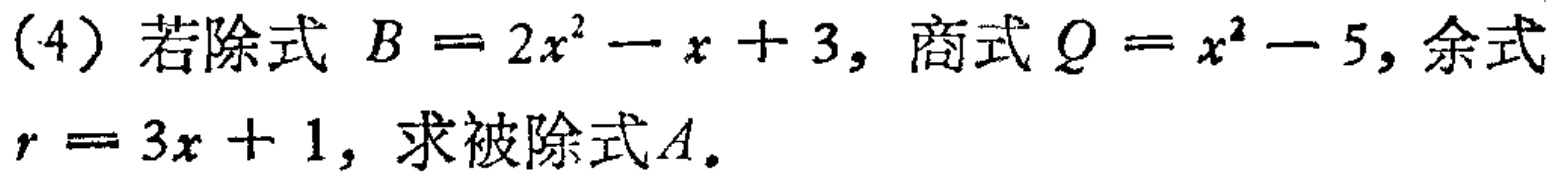
(4) 若除式 \(B = 2x^{2}-x + 3\)，商式 \(Q = x^{2}-5\)，余式 \(r = 3x + 1\)，求被除式\(A\)。